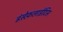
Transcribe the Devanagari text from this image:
इंसेफ़लाईटिस